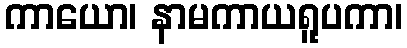
ကာယော၊ နာမကာယရူပကာ၊